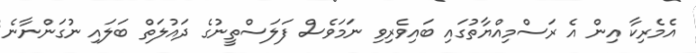
އެމެރިކާ އިން އެ ރަސްމިއްޔާތުގައި ބައިވެރިވި ނަމަވެސް ފަލަސްތީނުގެ ދައުލަތް ބަލައި ނުގަންނާނެ